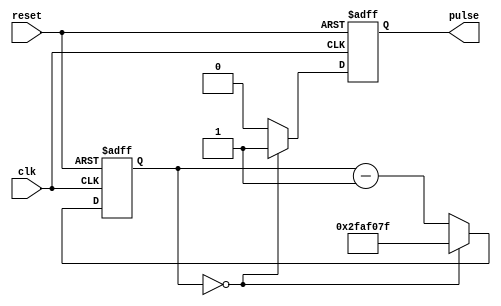
module Variable_Frequency_Pulse_Generator (
    input wire clk,
    input wire reset,
    output reg pulse
);

reg [31:0] counter;
reg enable;

parameter desired_frequency = 100000000; // Define the desired pulse frequency

always @ (posedge clk or posedge reset) begin
    if (reset) begin
        counter <= 0;
        enable <= 0;
        pulse <= 0;
    end else begin
        if (counter == 0) begin
            enable <= 1;
            counter <= desired_frequency / 2 - 1;
            pulse <= 1;
        end else begin
            enable <= 0;
            counter <= counter - 1;
            pulse <= 0;
        end
    end
end

endmodule